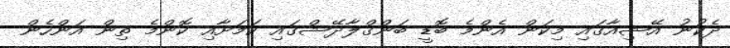
ދެކުނު އޭޝިއާގައި މިކަން އެންމެ ބޮޑީ ބަންގްލާދޭޝްގައި ކަމަށާއި ކޮންމެ ތިން އަންހެން